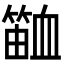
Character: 𬕫